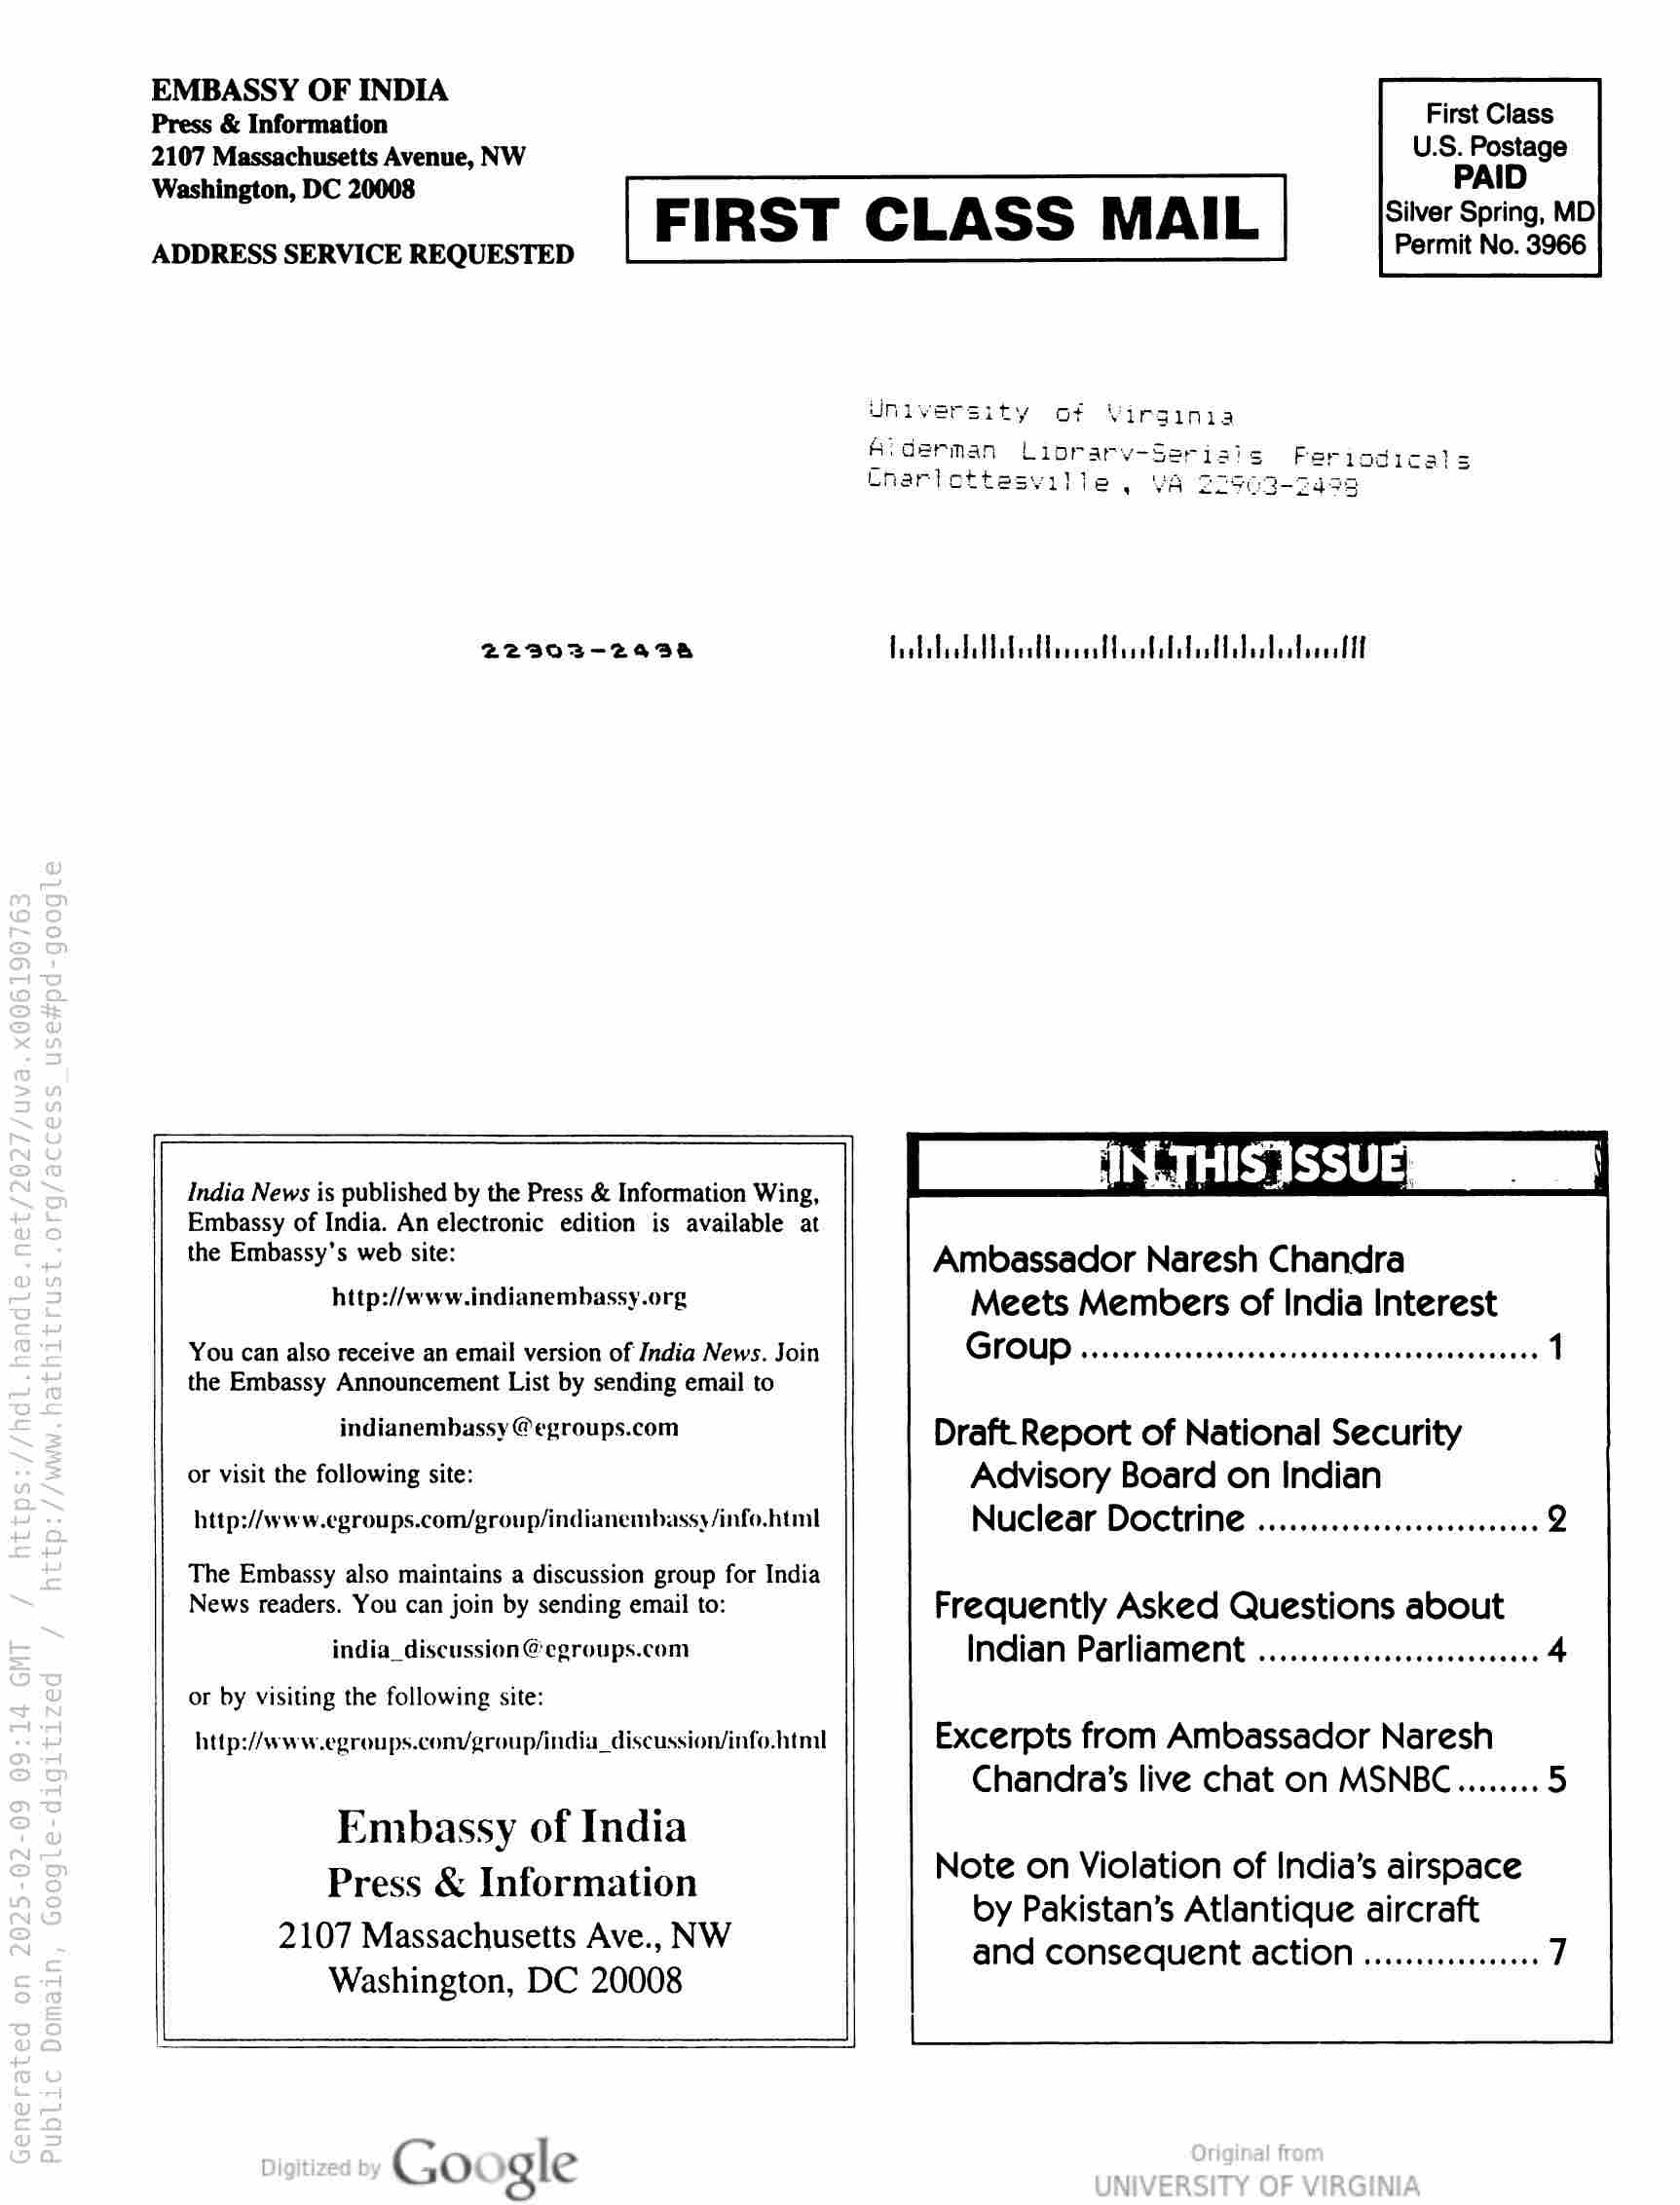
EMBASSY OF INDIA

Press & Information

2107 Massachusetts Avenue, NW
Washington, DC 20008

ADDRESS SERVICE REQUESTED

22303-2938

FIRST CLASS MAIL

India News is published by the Press & Information Wing,
Embassy of India. An electronic edition is available at
the Embassy’s web site:

http://www.indianemhassy.org
You can also receive an email version of India News. Join
the Embassy Announcement List by sending email to
indianembassy @egroups.com
or visit the following site:

http://www.egroups.com/group/indianembassy/info.html

The Embassy also maintains a discussion group for India
News readers. You can join by sending email to:

india_discussion@egroups.com
or by visiting the following site:

http://www.egroups.con/group/india_discussion/info.html

Embassy of India
Press & Information

2107 Massachusetts Ave., NW
Washington, DC 20008

Google

First Class
U.S. Postage

PAID
Silver Spring, MD
Permit No. 3966

VeabibidaUPetdorcaDeselalbatabesbesboeelll

EN THIS SSUES

Ambassador Naresh Chandra
Meets Members of India Interest
Group ...... ee ee 1

Draft Report of National Security
Advisory Board on Indian
Nuclear Doctrine ...........cccccccseneseees

Frequently Asked Questions about
Indian ParliaMent ...........ccccccereseeeeee

Excerpts from Ambassador Naresh
Chandra’s live chat on MSNBC........

Note on Violation of India’s airspace
by Pakistan’s Atlantique aircraft
and consequent action ............006